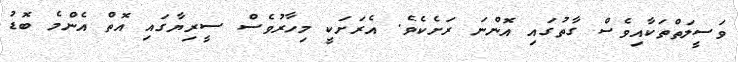
ވަސީލަތްތަކާއިވެސް ގާތުގައި އޮންނަ ރަށެކެވެ. އެރަށަކީ މިހާރުވެސް ސީރިޔާގައި އޮތް އެންމެ ބޮޑު